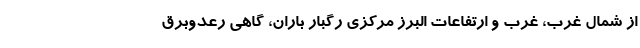
از شمال غرب، غرب و ارتفاعات البرز مرکزی رگبار باران، گاهی رعدوبرق